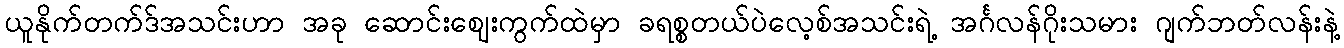
ယူနိုက်တက်ဒ်အသင်းဟာ အခု ဆောင်းဈေးကွက်ထဲမှာ ခရစ္စတယ်ပဲလေ့စ်အသင်းရဲ့ အင်္ဂလန်ဂိုးသမား ဂျက်ဘတ်လန်းနဲ့